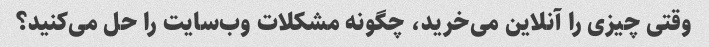
وقتی چیزی را آنلاین می‌خرید، چگونه مشکلات وب‌سایت را حل می‌کنید؟